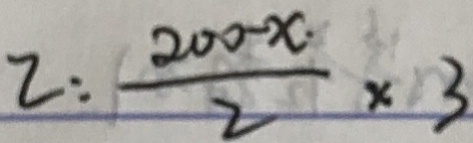
2 : \frac { 2 0 0 - x } { 2 } \times 3